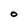
Character: O